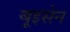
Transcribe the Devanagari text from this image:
बूइसेन